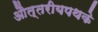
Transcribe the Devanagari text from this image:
औत्तरीयपथके